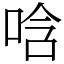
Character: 唅